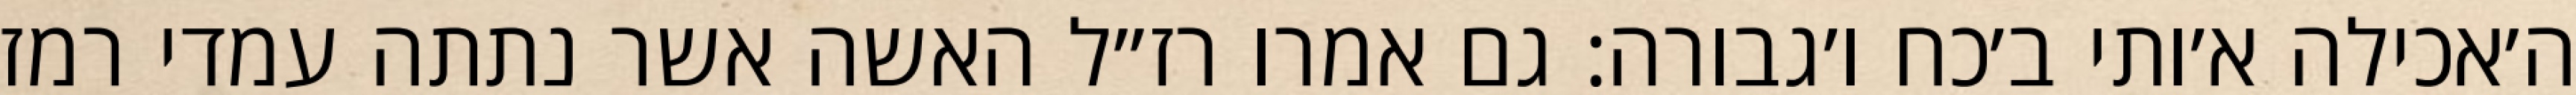
ה׳אכילה א׳ותי ב׳כח ו׳גבורה: גם אמרו רז״ל האשה אשר נתתה עמדי רמז